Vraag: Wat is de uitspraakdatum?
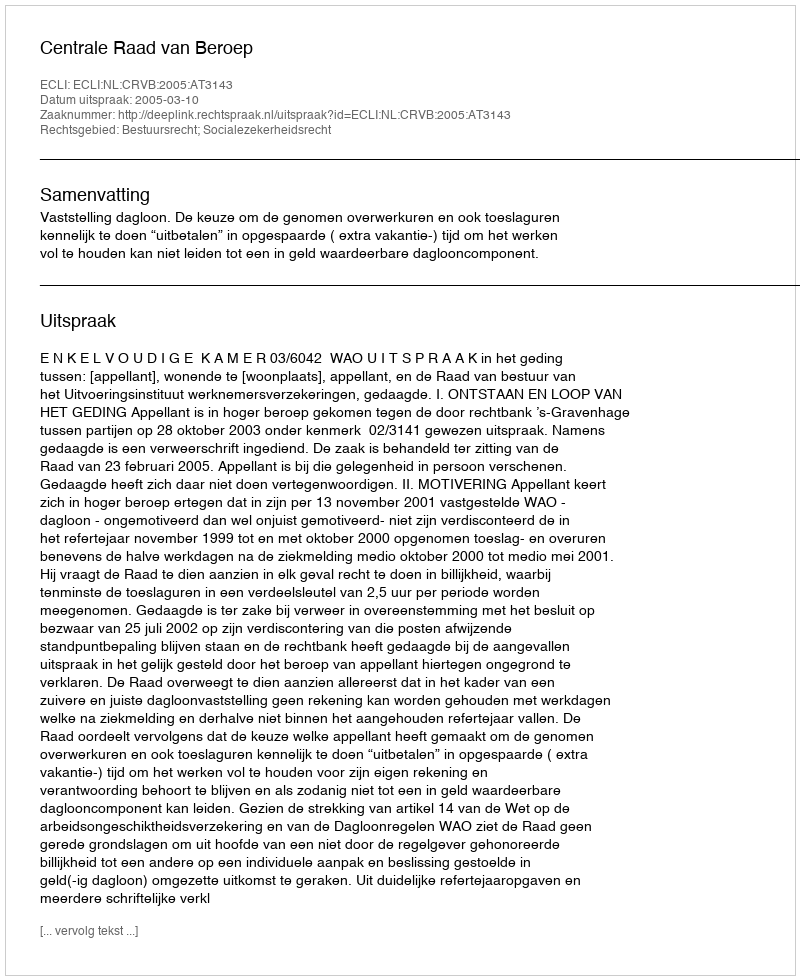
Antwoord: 2005-03-10